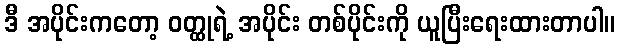
ဒီ အပိုင်းကတော့ ဝတ္ထုရဲ့ အပိုင်း တစ်ပိုင်းကို ယူပြီးရေးထားတာပါ။